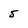
Character: 5